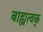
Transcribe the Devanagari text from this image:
बाह्यत्वक्